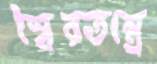
স্বৈরতন্ত্রে